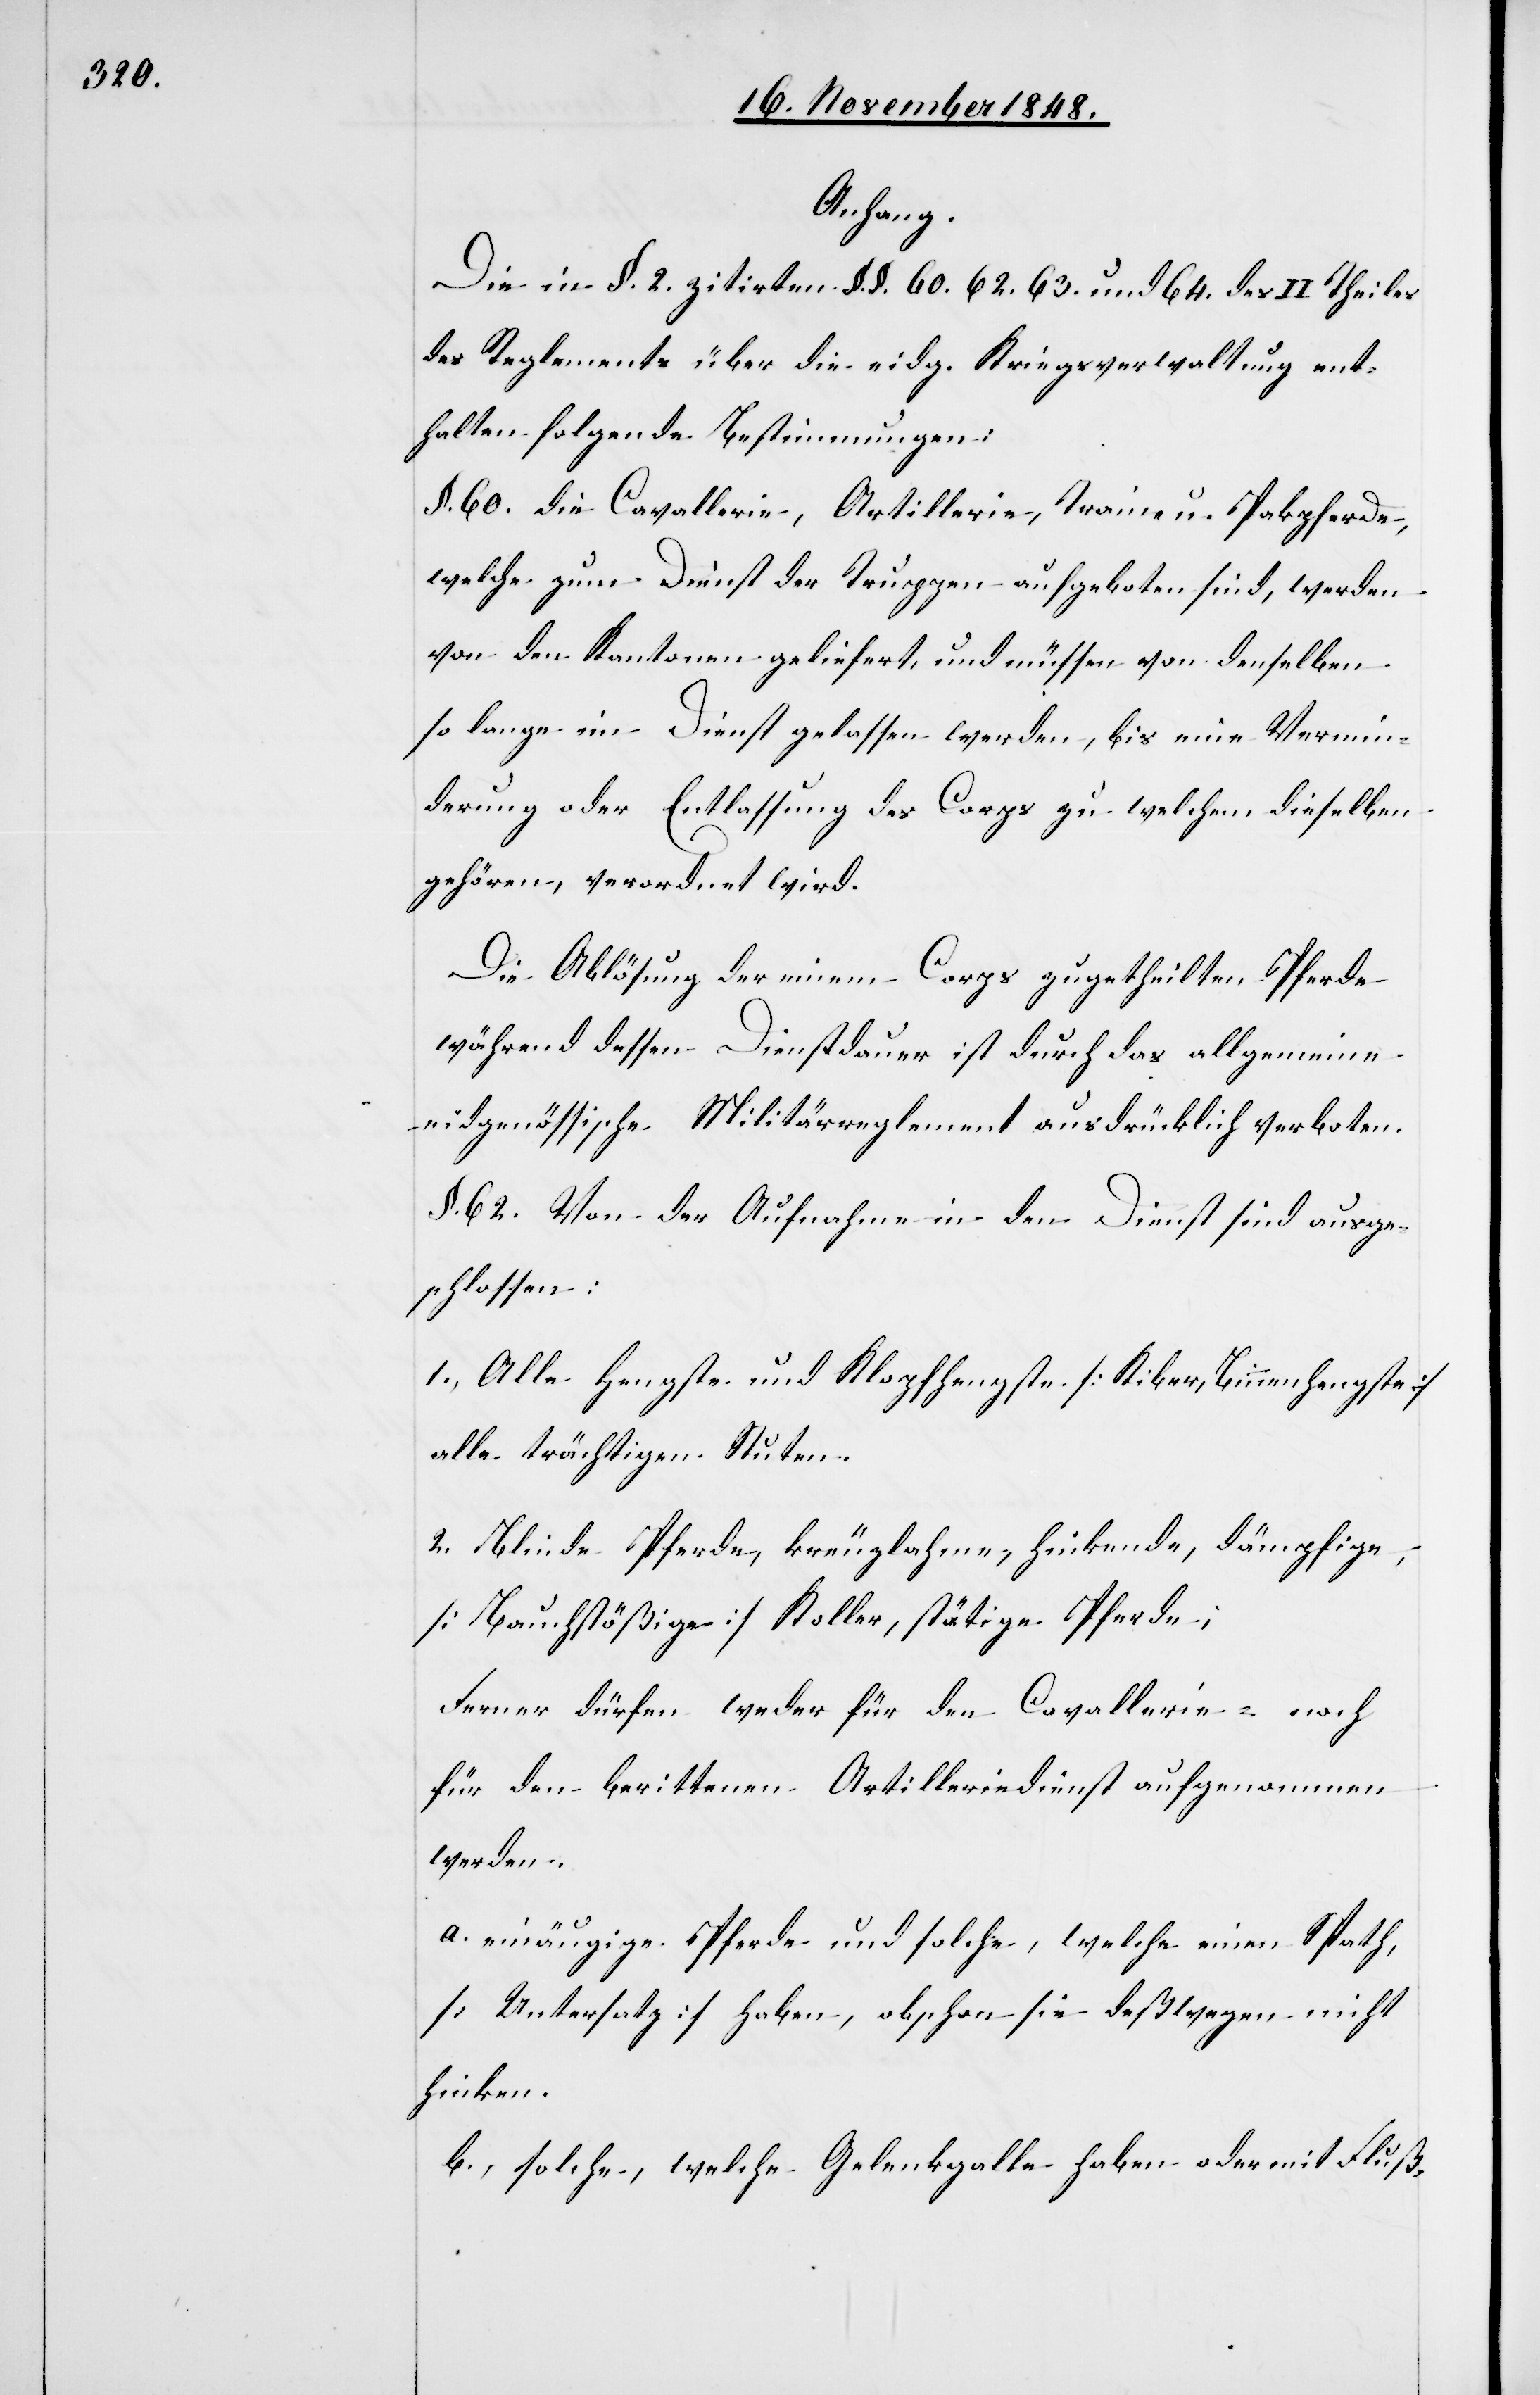
Anhang.
Die in §. 2. zitirten §. §. 60. 62. 63. und 64. des II. Theiles
des Reglements über die eidg. Kriegsverwaltung ent¬
halten folgende Bestimmungen:
§. 60. Die Cavallerie, Artillerie, Train u. Pakpferde,
welche zum Dienst der Truppen aufgeboten sind, werden
von den Kantonen geliefert, und müssen von denselben
so lange im Dienst gelassen werden, bis eine Vermin¬
derung oder Entlassung des Corps zu welchem dieselben
gehören, verordnet wird.
Die Ablösung der einem Corps zugetheilten Pferde
während dessen Dienstdauer ist durch das allgemeine
eidgenössische Militärreglement ausdrücklich verboten.
§. 62. Von der Aufnahme in den Dienst sind ausge¬
schlossen:
1., Alle Hengste und Klopfhengste [Kiber, Binnenhengste]
alle trächtigen Stuten.
2. Blinde Pferde, kreuzlahme, hinkende, dämpfige,
[Bauchstößige] Koller, stätige Pferde;
Ferner dürfen weder für den Cavallerie- noch
für den berittenen Artilleriedienst aufgenommen
werden.
a. einäugige Pferde und solche, welche einen Spath,
[Untersatz] haben, obschon sie deßwegen nicht
hinken.
b., solche, welche Gelenkgalle haben oder mit Fluß-